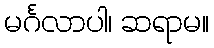
မင်္ဂလာပါ၊ ဆရာမ။